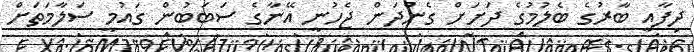
ދިފާއީ ބާރުގެ ބެލުމުގެ ދަށަށް ގެންދަން ޖެހުނީ އޭނާގެ ސަބަބުން ގައުމީ ސަލާމަތަށް